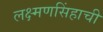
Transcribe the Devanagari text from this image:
लक्ष्मणसिंहाची